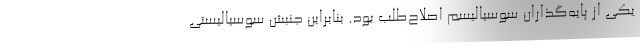
یکی از پایه‌گذاران سوسیالیسم اصلاح‌طلب بود. بنابراین جنبش سوسیالیستی